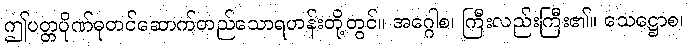
ဤပတ္တပိုဏ်ဓုတင်ဆောက်တည်သောရဟန်းတို့တွင်။ အဂ္ဂေါစ၊ ကြီးလည်းကြီး၏။ သေဋ္ဌောစ၊